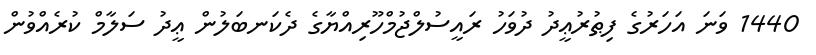
1440 ވަނަ އަހަރުގެ ފިޠުރުޢީދު ދުވަހު ރައީސުލްޖުމްހޫރިއްޔާގެ ދެކަނބަލުން ޢީދު ސަލާމް ކުރެއްވުން